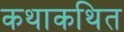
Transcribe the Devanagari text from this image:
कथाकथित